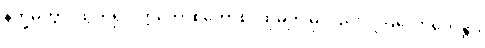
နိက္ခမိတွာ၊ ထွက်၍။ ဣတောစိတောစ၊ ထိုမှဤမှလည်း။ ဩလောကေန္တာ၊